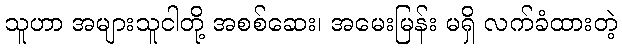
သူဟာ အများသူငါတို့ အစစ်ဆေး၊ အမေးမြန်း မရှိ လက်ခံထားတဲ့